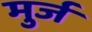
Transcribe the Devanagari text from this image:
मुर्ज